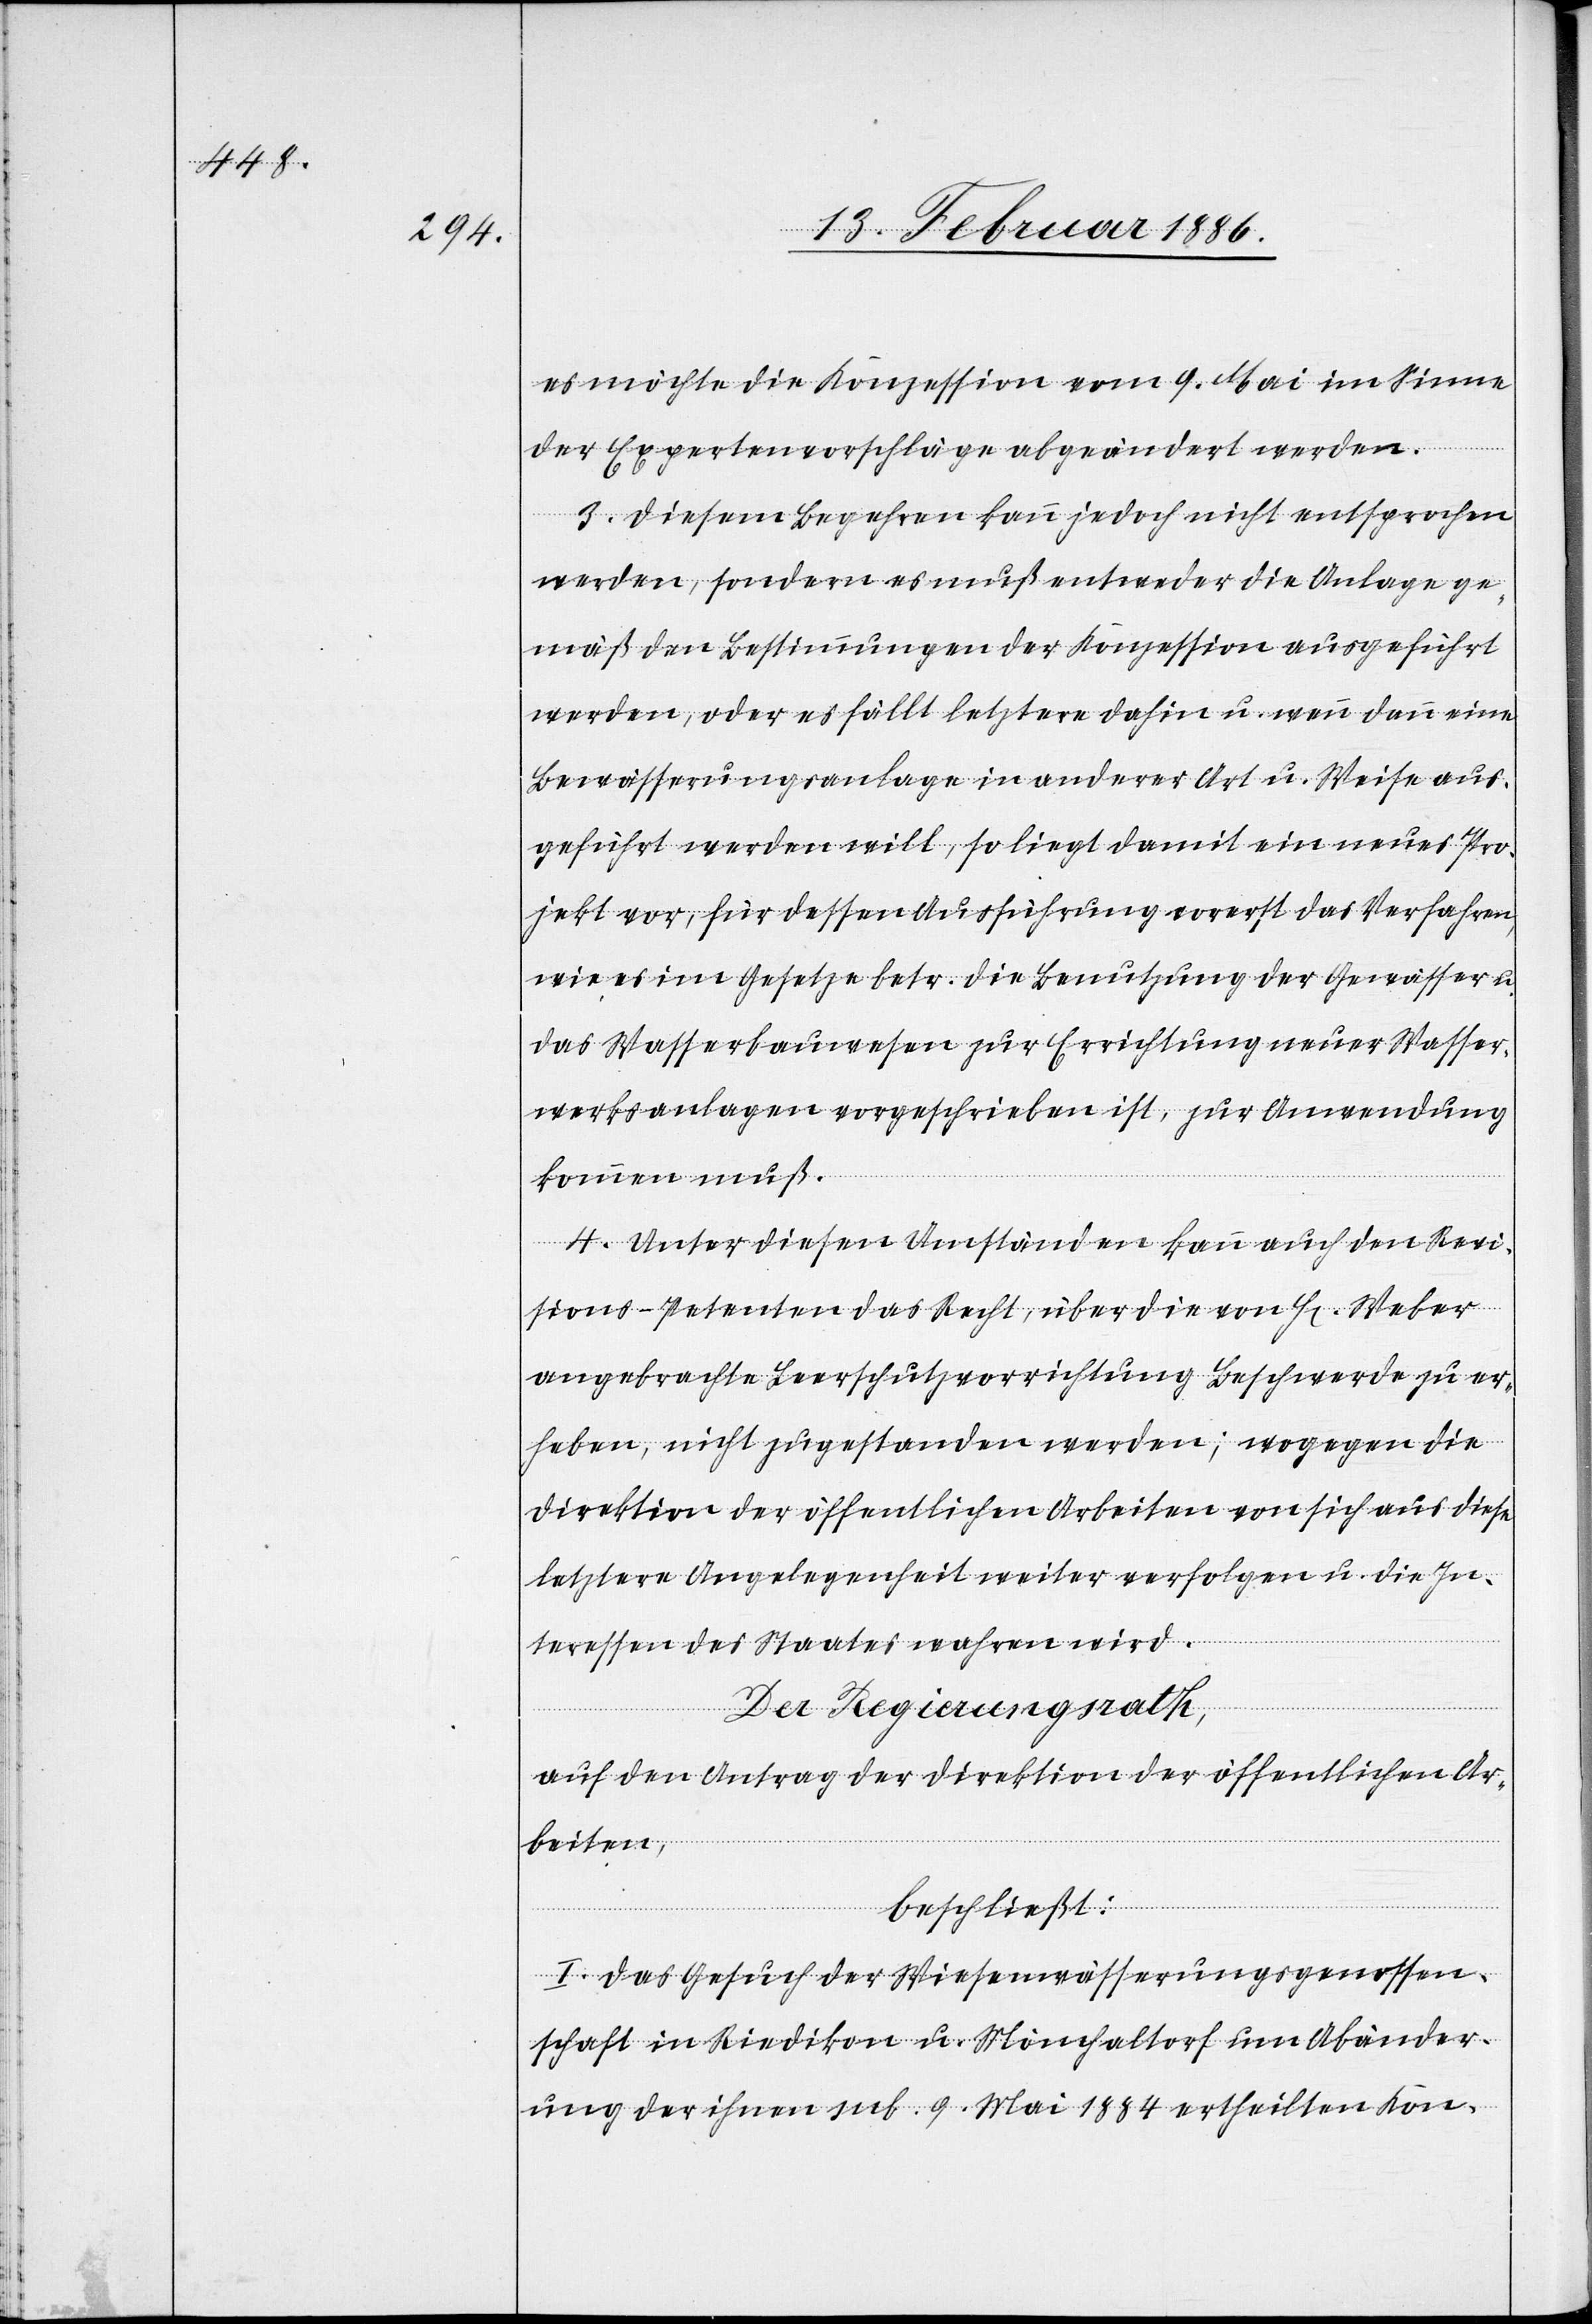
es möchte die Konzession vom 9. Mai im Sinne
der Expertenvorschläge abgeändert werden.
3. Diesem Begehren kann jedoch nicht entsprochen
werden, sondern es muß entweder die Anlage ge¬
mäß den Bestimmungen der Konzession ausgeführt
werden, oder es fällt letztere dahin u. wenn dann eine
Bewässerungsanlage in anderer Art u. Weise aus¬
geführt werden will, so liegt damit ein neues Pro¬
jekt vor, für dessen Ausführung vorerst das Verfahren,
wie es im Gesetze betr. die Benutzung der Gewässer
das Wasserbauwesen zur Errichtung neuer Wasser¬
werksanalagen vorgeschrieben ist, zur Anwendung
kommen muß.
4. Unter diesen Umständen kann auch dem Revi¬
sions-Petenten das Recht, über die von H[errn] Weber
angebrachte Leerschutzvorrichtung Beschwerde zu er¬
heben, nicht zugestanden werden; wogegen die
Direktion der öffentlichen Arbeiten von sich aus diese
letztere Angelegenheit weiter verfolgen u. die In¬
teressen des Staates wahren wird.
Der Regierungsrath,
auf den Antrag der Direktion der öffentlichen Ar¬
beiten,
beschließt:
I. Das Gesuch der Wiesenwässerungsgenossen¬
schaft in Riedikon u. Mönchaltdorf um Abänder¬
ung der ihnen sub. 9. Mai 1884 ertheilten Kon-